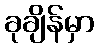
ခုချိန်မှာ